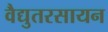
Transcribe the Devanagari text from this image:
वैद्युतरसायन